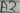
Text: A2